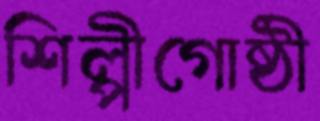
শিল্পীগোষ্ঠী